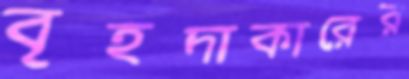
বৃহদাকারের